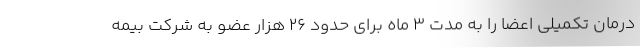
درمان تکمیلی اعضا را به مدت 3 ماه برای حدود 26 هزار عضو به شرکت بیمه